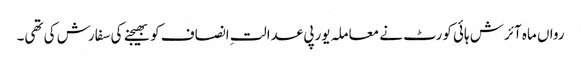
رواں ماہ آئرش ہائی کورٹ نے معاملہ یورپی عدالتِ انصاف کو بھیجنے کی سفارش کی تھی۔